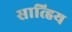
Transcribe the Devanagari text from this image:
सात्हिय